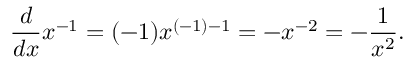
{ \frac { d } { d x } } x ^ { - 1 } = ( - 1 ) x ^ { ( - 1 ) - 1 } = - x ^ { - 2 } = - { \frac { 1 } { x ^ { 2 } } } .